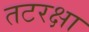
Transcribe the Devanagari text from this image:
तटरक्षा